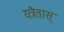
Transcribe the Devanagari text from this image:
यत्रैतास्‌